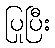
ပြုပြီး